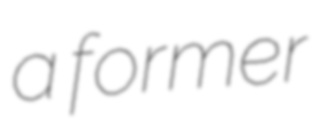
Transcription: a former